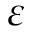
\varepsilon